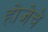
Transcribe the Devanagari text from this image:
होजेचे